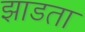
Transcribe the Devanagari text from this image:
झाडता